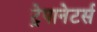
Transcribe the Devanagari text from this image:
ट्रेपानेटर्स